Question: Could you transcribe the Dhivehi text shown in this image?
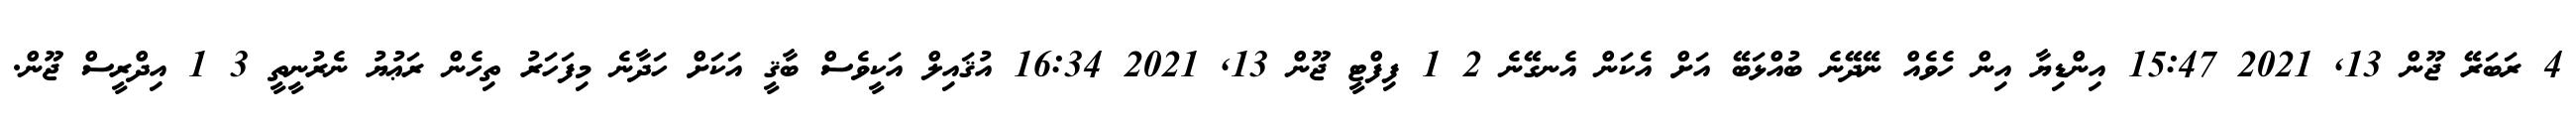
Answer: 4 ރަބަރޭ ޖޫން 13, 2021 15:47 އިންޑިޔާ އިން ހެވެއް ނޭދޭނެ ބުއްޅަބޭ އަށް އެކަން އެނގޭނެ 2 1 ފިފްޓީ ޖޫން 13, 2021 16:34 އުޤައިލް އަކީވެސް ބާޤީ އަކަށް ހަދާނެ މިފަހަރު ތިހެން ރަޢުޔު ނެރުނީތީ 3 1 އިދްރީސް ޖޫން.